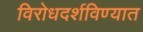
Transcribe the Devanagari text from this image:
विरोधदर्शविण्यात